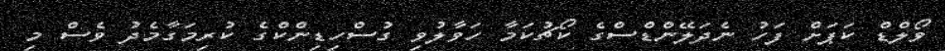
ވޯލްޑް ކަޕަށް ފަހު ނެދަލޭންޑްސްގެ ކޯޗުކަމާ ހަވާލުވި ގުސްހިޑިންކްގެ ކުރިމަގާމެދު ވެސް މި